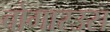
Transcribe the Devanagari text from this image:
बोगारउस